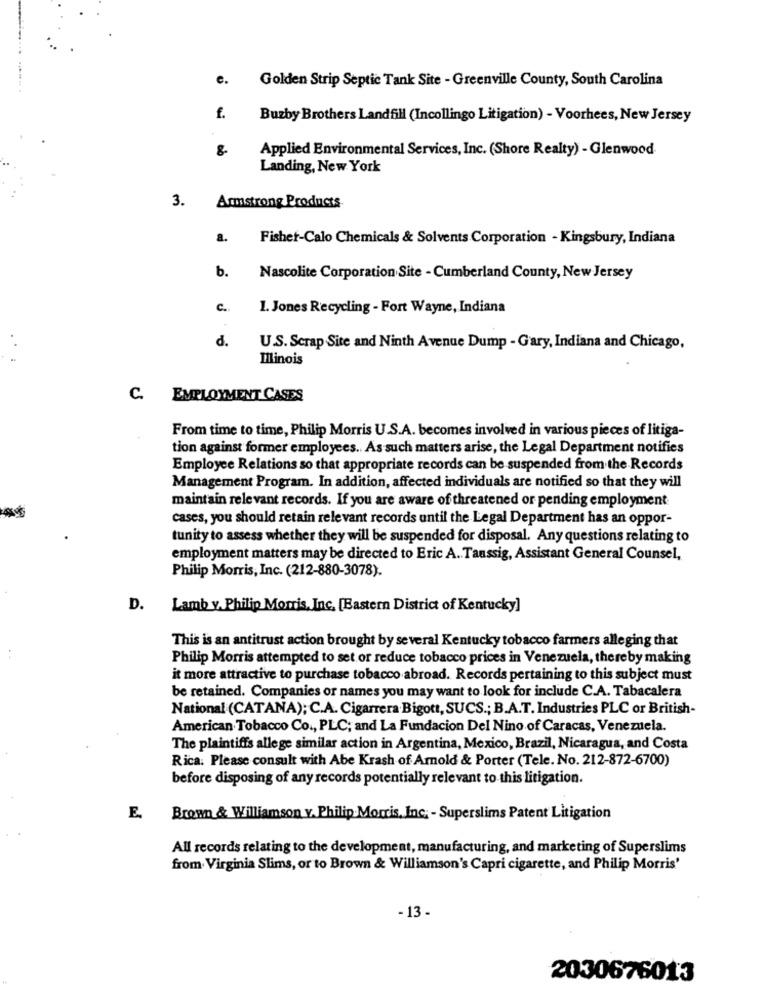
c.
Golden Strip Septic Tank Site - Greenville County, South Carolina
f.
Buzby Brothers Landfill (Incollingo Litigation) - Voorhees, New Jersey
8.
Applied Environmental Services, Inc. (Shore Realty) - Glenwood
Landing, New York
3. Armstrong Products
a.
Fisher-Calo Chemicals & Solvents Corporation - Kingsbury, Indiana
b.
Nascolite Corporation Site - Cumberland County, New Jersey
c ..
1. Jones Recycling - Fort Wayne, Indiana
d.
U.S. Scrap Site and Ninth Avenue Dump - Gary, Indiana and Chicago,
.. :
Illinois
C. EMPLOYMENT CASES
From time to time, Philip Morris U.S.A. becomes involved in various pieces of litiga-
tion against former employees. As such matters arise, the Legal Department notifies
Employee Relations so that appropriate records can be suspended from the Records
Management Program. In addition, affected individuals are notified so that they will
maintain relevant records. If you are aware of threatened or pending employment
cases, you should retain relevant records until the Legal Department has an oppor-
tunity to assess whether they will be suspended for disposal. Any questions relating to
employment matters may be directed to Eric A. Taussig, Assistant General Counsel,
Philip Morris, Inc. (212-880-3078).
D. Lamb y. Philip Morris, Inc. [Bastern District of Kentucky]
This is an antitrust action brought by several Kentucky tobacco farmers alleging that
Philip Morris attempted to set or reduce tobacco prices in Venezuela, thereby making
it more attractive to purchase tobacco abroad. Records pertaining to this subject must
be retained. Companies or names you may want to look for include C.A. Tabacalera
National (CATANA); C.A. Cigarrera Bigott, SUCS .; B.A.T. Industries PLC or British-
American Tobacco Co ., PLC; and La Fundacion Del Nino of Caracas, Venezuela.
The plaintiffs allege similar action in Argentina, Mexico, Brazil, Nicaragua, and Costa
Rica. Please consult with Abe Krash of Amold & Porter (Tele. No. 212-872-6700)
before disposing of any records potentially relevant to this litigation.
E.
Brown & Williamson v. Philip Morris, Inc; - Superslims Patent Litigation
All records relating to the development, manufacturing, and marketing of Superslims
from Virginia Slims, or to Brown & Williamson's Capri cigarette, and Philip Morris'
- 13-
2030676013